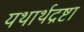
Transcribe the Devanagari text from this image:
यथार्थद्रष्टा